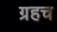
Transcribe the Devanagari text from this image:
ग्रहच